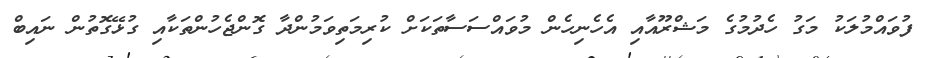
ފުވައްމުލަކު މަގު ހެދުމުގެ މަޝްރޫއާއި އެހެނިހެން މުވައްސަސާތަކަށް ކުރިމަތިވަމުންދާ ގޮންޖެހުންތަކާއި ގުޅޭގޮތުން ނައިބް